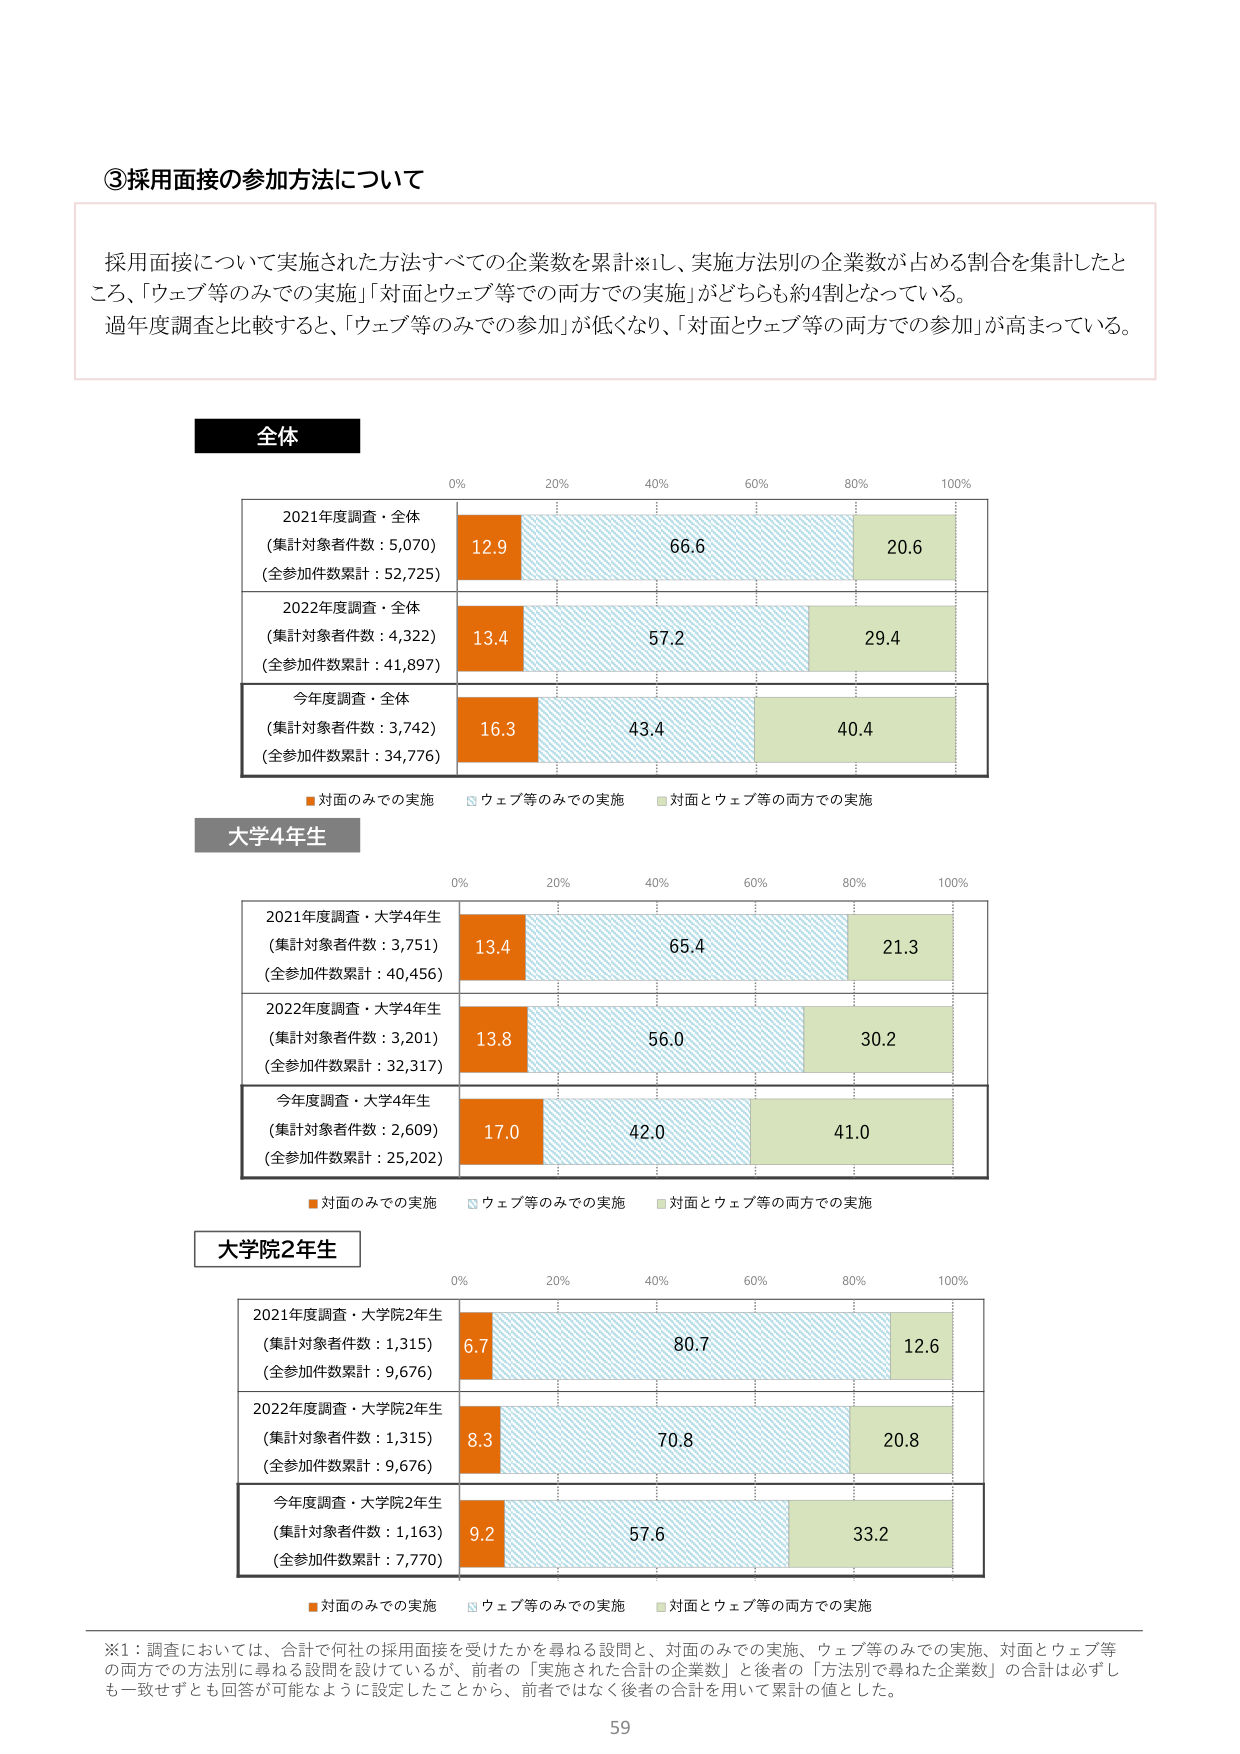
③採用面接の参加方法について

採用面接について実施された方法すべての企業数を累計※1し、実施方法別の企業数が占める割合を集計したところ、「ウェブ等のみでの実施」「対面とウェブ等での両方での実施」がどちらも約4割となっている。
過年度調査と比較すると、「ウェブ等のみでの参加」が低くなり、「対面とウェブ等の両方での参加」が高まっている。

全体

0% 20% 40% 60% 80% 100%

2021年度調査・全体
（集計対象者件数：5,070）
（全参加件数累計：52,725）
12.9 66.6 20.6

2022年度調査・全体
（集計対象者件数：4,322）
（全参加件数累計：41,897）
13.4 57.2 29.4

今年度調査・全体
（集計対象者件数：3,742）
（全参加件数累計：34,776）
16.3 43.4 40.4

■対面のみでの実施 □ウェブ等のみでの実施 ■対面とウェブ等の両方での実施

大学4年生

0% 20% 40% 60% 80% 100%

2021年度調査・大学4年生
（集計対象者件数：3,751）
（全参加件数累計：40,456）
13.4 65.4 21.3

2022年度調査・大学4年生
（集計対象者件数：3,201）
（全参加件数累計：32,317）
13.8 56.0 30.2

今年度調査・大学4年生
（集計対象者件数：2,609）
（全参加件数累計：25,202）
17.0 42.0 41.0

■対面のみでの実施 □ウェブ等のみでの実施 ■対面とウェブ等の両方での実施

大学院2年生

0% 20% 40% 60% 80% 100%

2021年度調査・大学院2年生
（集計対象者件数：1,315）
（全参加件数累計：9,676）
6.7 80.7 12.6

2022年度調査・大学院2年生
（集計対象者件数：1,315）
（全参加件数累計：9,676）
8.3 70.8 20.8

今年度調査・大学院2年生
（集計対象者件数：1,163）
（全参加件数累計：7,770）
9.2 57.6 33.2

■対面のみでの実施 □ウェブ等のみでの実施 ■対面とウェブ等の両方での実施

※1：調査においては、合計で何社の採用面接を受けたかを尋ねる設問と、対面のみでの実施、ウェブ等のみでの実施、対面とウェブ等の両方での方法別に尋ねる設問を設けているが、前者の「実施された合計の企業数」と後者の「方法別で尋ねた企業数」の合計は必ずしも一致せずとも回答が可能なように設定したことから、前者ではなく後者の合計を用いて累計の値とした。

59